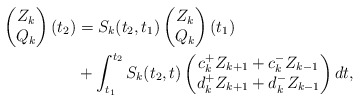
\begin{align*} \begin{pmatrix} Z_k \\ Q_k \end{pmatrix}(t_2) & = S_k(t_2,t_1) \begin{pmatrix} Z_k \\ Q_k \end{pmatrix}(t_1) \\ & + \int_{t_1}^{t_2} S_k(t_2, t) \begin{pmatrix} c_k^{+} Z_{k+1} + c_{k}^{-} Z_{k-1} \\ d_k^{+} Z_{k+1} + d_{k}^{-} Z_{k-1} \end{pmatrix} dt, \end{align*}